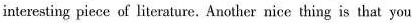
interesting piece of literature. Another nice thing is that you